Note on the mental hospitals in Burma - 1925-1940
Year: 1925
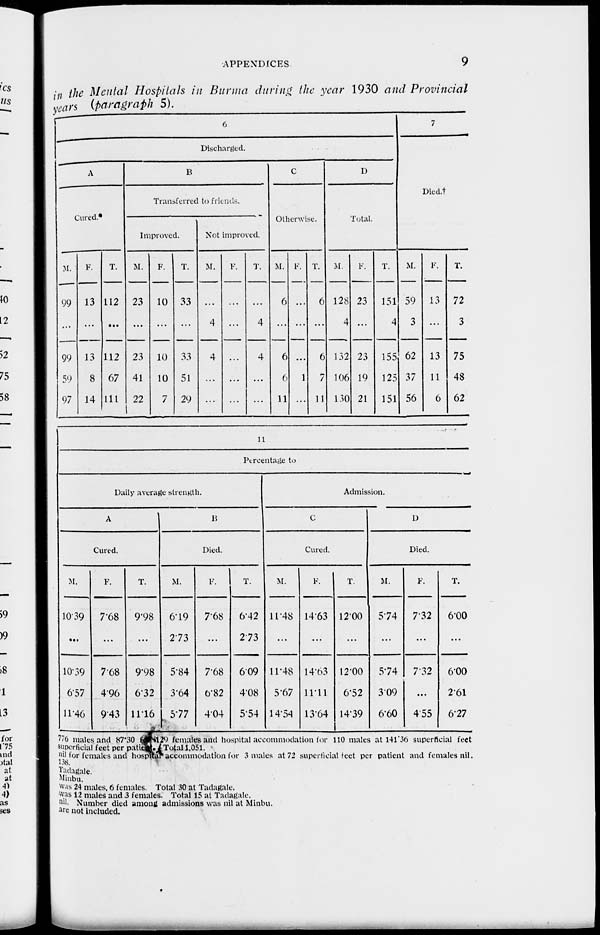
APPENDICES
9
in the Mental Hospitals in Burma during the year 1930 and Provincial
years (paragraph 5).
6
Discharged.
A
Cured.*
M.
99
...
99
59
97
F.
13
...
13
8
14
T.
112
...
112
67
111
B
Transferred to friends.
Improved.
M.
23
...
23
41
22
F.
10
...
10
10
7
T.
33
...
33
51
29
Not improved.
M.
...
4
4
...
...
F.
...
...
...
...
...
T.
...
4
4
...
...
C
Otherwise.
M.
6
...
6
6
11
F.
...
...
...
1
...
T.
6
...
6
7
11
D
Total.
M.
128
4
132
106
130
F.
23
...
23
19
21
T.
151
4
155
125
151
7
Died. †
M.
59
3
62
37
56
F.
13
...
13
11
6
T.
72
3
75
48
62
11
Percentage to
Daily average strength.
A
Cured.
M.
10.39
...
10.39
6.57
11.46
F.
7.68
...
7.68
4.96
9.43
T.
9.98
...
9.98
6.32
11.16
B
Died.
M.
6.19
2.73
5.84
3.64
5.77
F.
7.68
...
7.68
60.82
4.04
T.
6.42
2.73
6.09
4.08
5.54
Admission.
C
Cured.
M.
11.48
...
11.48
5.67
14.54
F.
14.63
...
14.63
11.11
13.64
T.
12.00
...
12.00
6.52
14.39
D
Died.
M.
5.74
...
5.74
3.09
6.60
F.
7.32
...
7.32
...
4.55
T.
6.00
...
6.00
2.61
6.27
776 males and 87.30 for 129 females and hospital accommodation for 110 males at 141.36 superficial feet
superficial feet per patient. Total 1,051.
nil for females and hospital accommodation for 3 males at 72 superficial feet per patient and females nil.
138.
Tadagale.
Minbu.
was 24 males, 6 females. Total 30 at Tadagale.
was 12 males and 3 females. Total 15 at Tadagale.
nil. Number died among admissions was nil at Minbu.
are not included
.